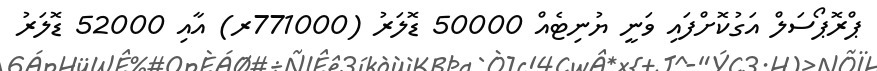
ޕްރޮޕޯސަލް އަގުކޮށްފައި ވަނީ ޔުނިޓެއް 50000 ޑޮލަރު (771000ރ) އާއި 52000 ޑޮލަރު